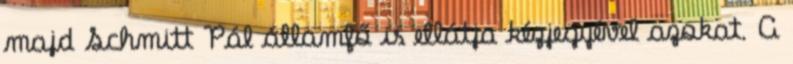
majd Schmitt Pál államfő is ellátja kézjegyével azokat. A